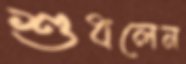
শুধলেন